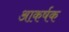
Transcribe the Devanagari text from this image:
आकर्षक